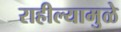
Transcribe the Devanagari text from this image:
राहील्यामुळे